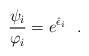
LaTeX: \begin{align*}\frac{\psi_i}{\varphi_i}=e^{\hat\epsilon_i}\ \ .\end{align*}